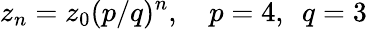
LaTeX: z_{n}=z_{0}(p/q)^{n},\ \ \ \ p=4,\ \ q=3